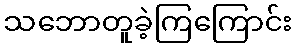
သဘောတူခဲ့ကြကြောင်း